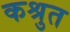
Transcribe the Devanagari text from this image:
कश्रुत